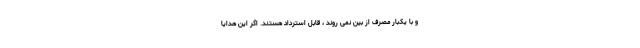
و با یکبار مصرف از بین نمی روند ، قابل استرداد هستند. اگر این هدایا